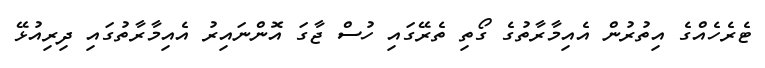
ޓެރެހެއްގެ އިތުރުން އެއިމާރާތުގެ ގޯތި ތެރޭގައި ހުސް ޖާގަ އޮންނައިރު އެއިމާރާތުގައި ދިރިއުޅޭ